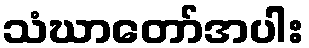
သံဃာတော်အပါး